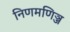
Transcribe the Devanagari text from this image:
निणमणिञ्ज